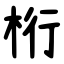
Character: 桁